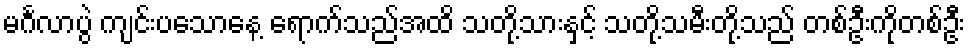
မင်္ဂလာပွဲ ကျင်းပသောနေ့ ရောက်သည်အထိ သတို့သားနှင့် သတို့သမီးတို့သည် တစ်ဦးကိုတစ်ဦး